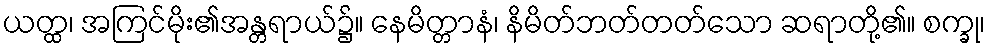
ယတ္ထ၊ အကြင်မိုး၏အန္တရာယ်၌။ နေမိတ္တာနံ၊ နိမိတ်ဘတ်တတ်သော ဆရာတို့၏။ စက္ခု၊